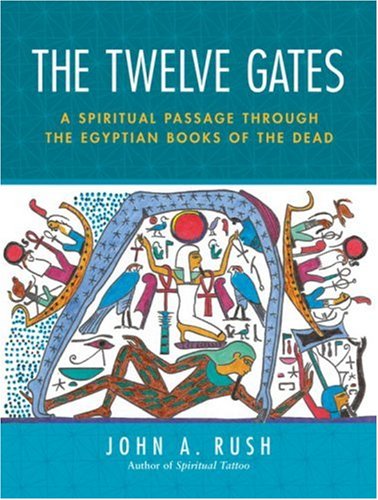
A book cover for The Twelve Gates: A Spiritual Passage Through the Egyptian Books of the Dead; John Rush; Religion & Spirituality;